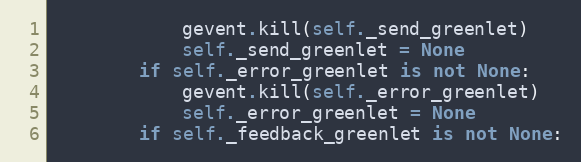
Language: Python
			gevent.kill(self._send_greenlet)
			self._send_greenlet = None
		if self._error_greenlet is not None:
			gevent.kill(self._error_greenlet)
			self._error_greenlet = None
		if self._feedback_greenlet is not None: